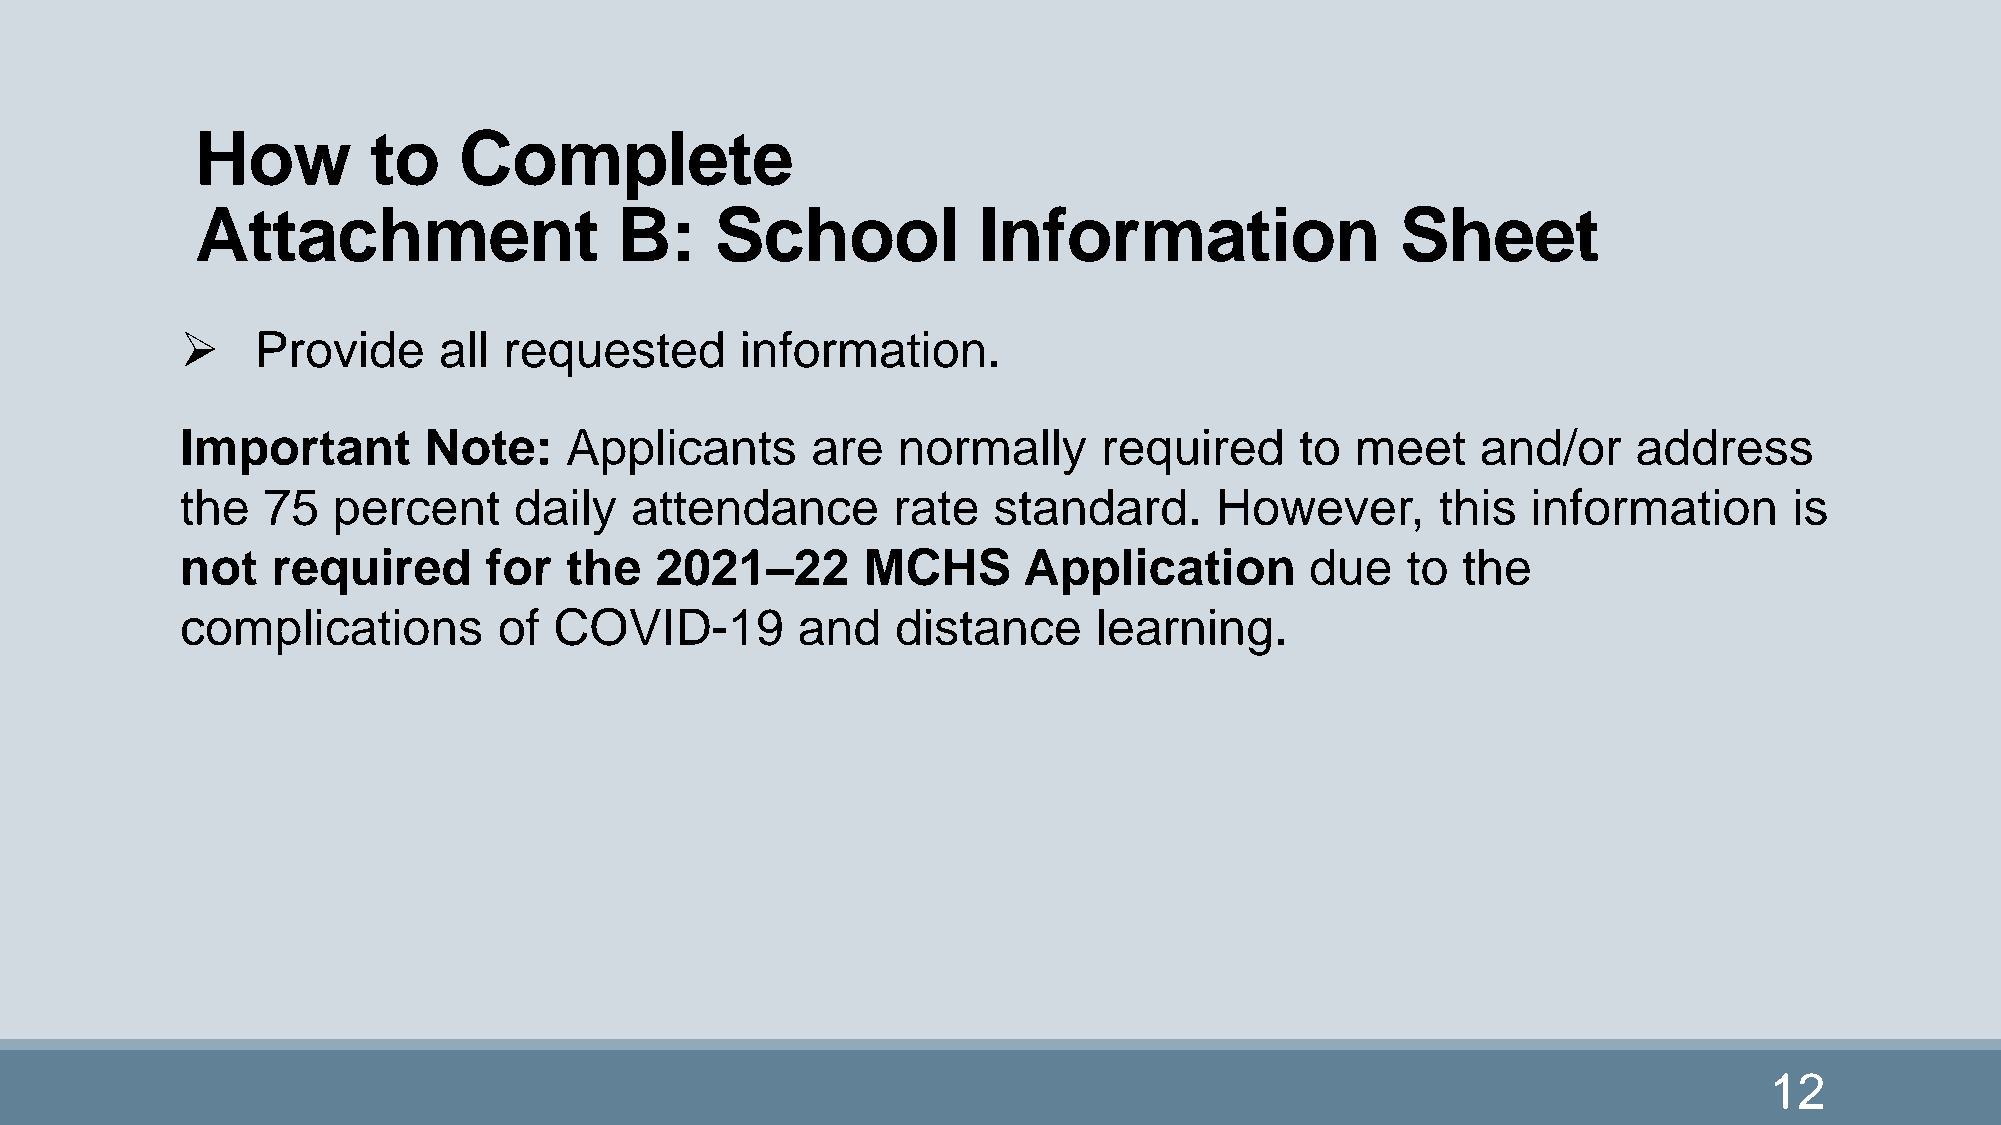
How         to   Complete
 Attachment                  B:    School            Information                 Sheet
     Provide     all requested       information.
 Important       Note:    Applicants       are  normally      required     to  meet    and/or    address
 the  75   percent     daily   attendance       rate   standard.     However,       this  information       is
 not   required      for  the   2021–22       MCHS       Application        due   to  the
 complications        of  COVID-19        and   distance      learning.
 12